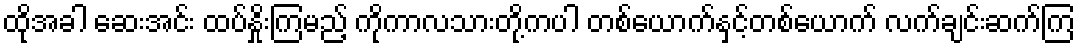
ထိုအခါ ဆေးအင်း ထပ်နှိုးကြမည့် ကိုကာလသားတို့ကပါ တစ်ယောက်နှင့်တစ်ယောက် လက်ချင်းဆက်ကြ